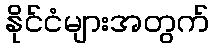
နိုင်ငံများအတွက်